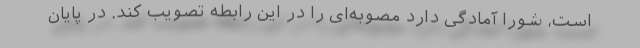
است، شورا آمادگی دارد مصوبه‌ای را در این رابطه تصویب کند. در پایان